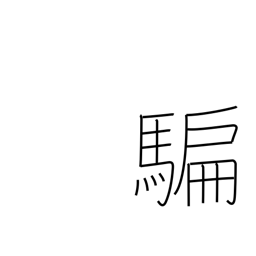
Meaning: deceive